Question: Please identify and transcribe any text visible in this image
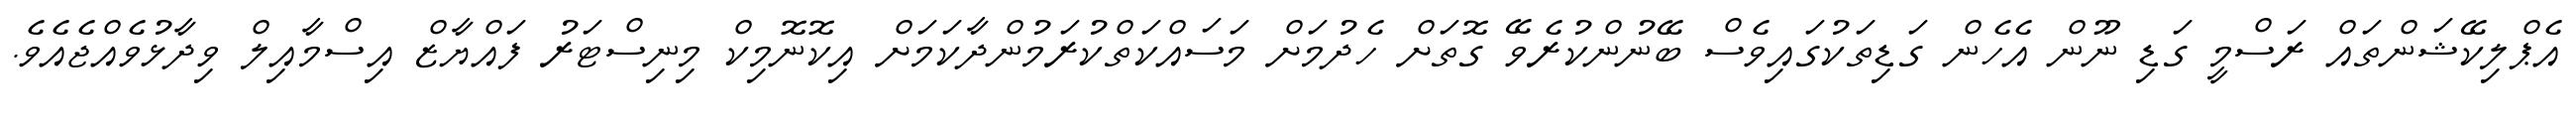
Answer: އެޕްލިކޭޝަންތައް ރަސްމީ ގަޑި ނޫން އެހެން ގަޑިތަކުގައިވެސް ބޭނުންކުރެވޭ ގޮތަށް ހެދުމަށް މަސައްކަތްކުރަމުންދާކަމަށް އިކޮނޮމިކް މިނިސްޓަރު ފައްޔާޒް އިސްމާއިލް ވިދާޅުވެއްޖެއެވެ.